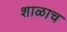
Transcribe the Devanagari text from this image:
शाळाच